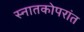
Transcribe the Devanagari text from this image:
स्नातकोपरांत